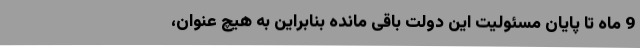
9 ماه تا پایان مسئولیت این دولت باقی مانده بنابراین به هیچ عنوان،